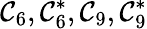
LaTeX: \mathcal{C}_{6},\mathcal{C}_{6}^{*},\mathcal{C}_{9},\mathcal{C}_{9}^{*}